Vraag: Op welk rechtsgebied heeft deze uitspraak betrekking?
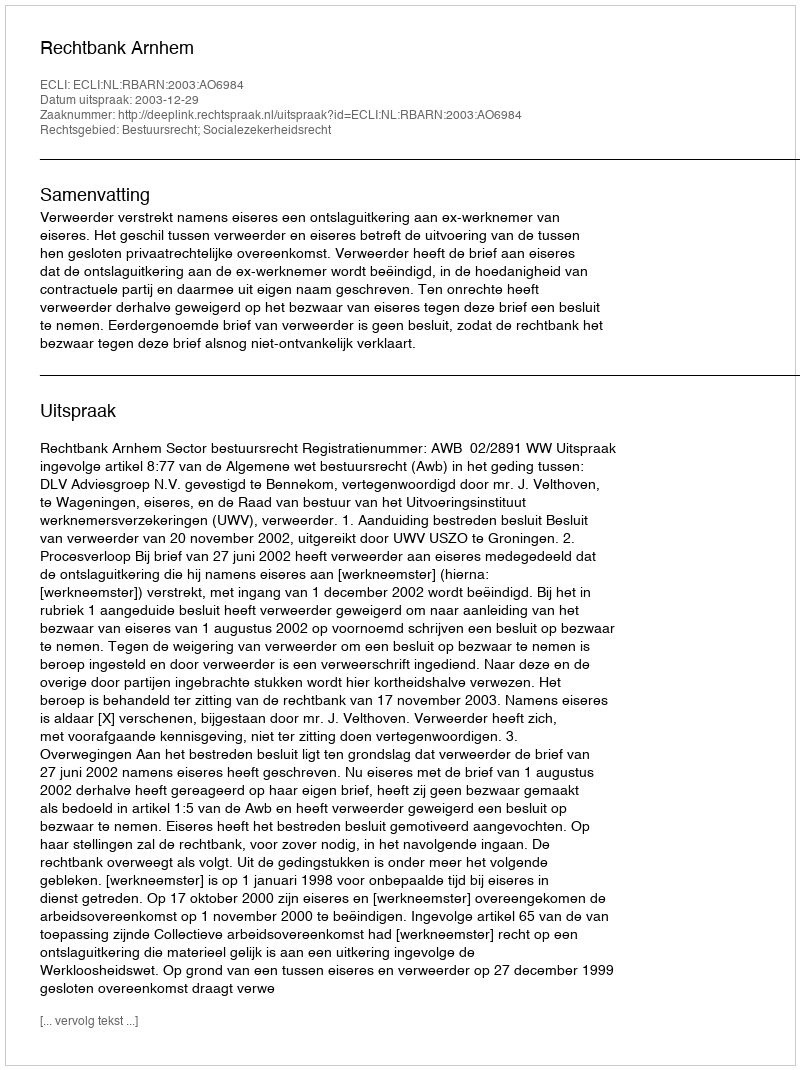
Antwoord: Bestuursrecht; Socialezekerheidsrecht